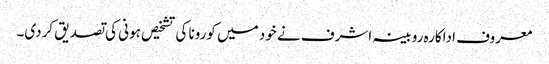
معروف اداکارہ روبینہ اشرف نے خود میں کورونا کی تشخیص ہونی کی تصدیق کردی۔